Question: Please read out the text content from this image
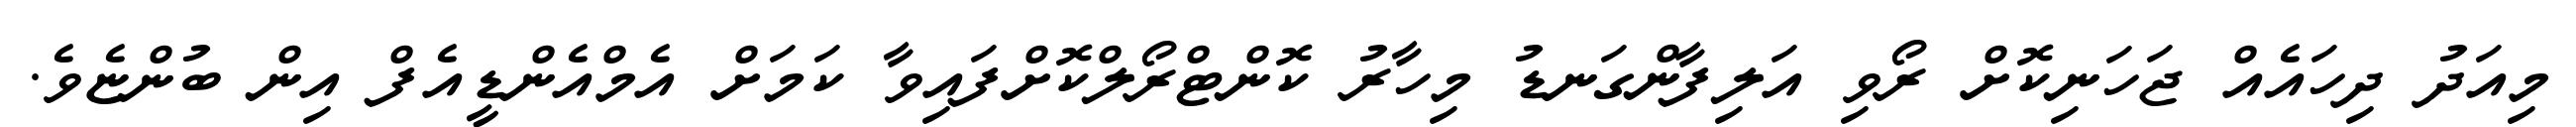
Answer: މިއަދު ދިހައެއް ޖަހަނިކޮށް ރޯވި އަލިފާންގަނޑު މިހާރު ކޮންޓްރޯލްކޮށްފައިވާ ކަމަށް އެމްއެންޑީއެފް އިން ބުންޏެވެ.